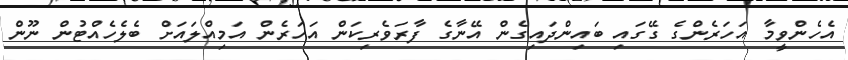
އެހެންވީމާ އަހަރެންގެ ގޭގައި ބައިންދައިގެން އޭނާގެ ފާރަވެރިކަން އަހަރެން އަމިއްލައަށް ބެލެހެއްޓުން ނޫން